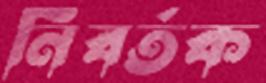
নিবর্তক